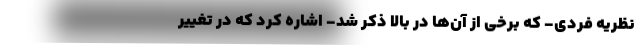
نظریه فردی- که برخی از آن‌ها در بالا ذکر شد- اشاره کرد که در تغییر